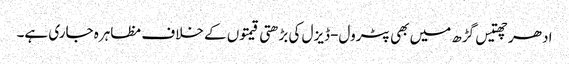
ادھر چھتیس گڑھ میں بھی پٹرول-ڈیزل کی بڑھتی قیمتوں کے خلاف مظاہرہ جاری ہے۔